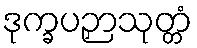
ဒုက္ခပဉှာသုတ္တံ